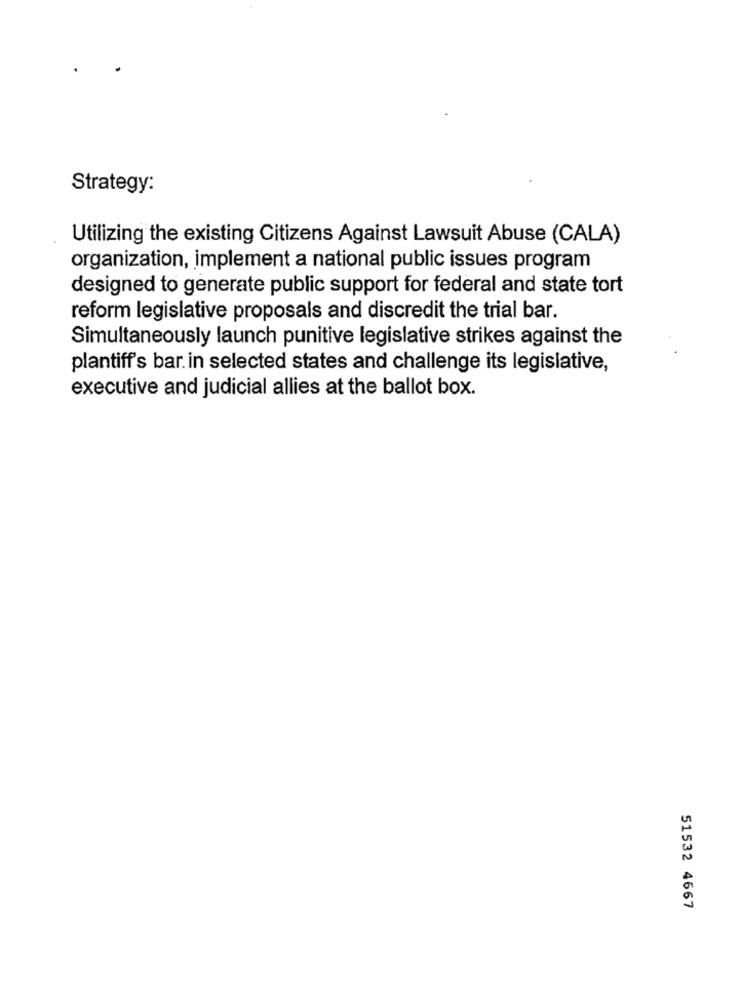
Strategy:
Utilizing the existing Citizens Against Lawsuit Abuse (CALA)
organization, implement a national public issues program
designed to generate public support for federal and state tort
reform legislative proposals and discredit the trial bar.
Simultaneously launch punitive legislative strikes against the
plantiff's bar in selected states and challenge its legislative,
executive and judicial allies at the ballot box.
51532 4667